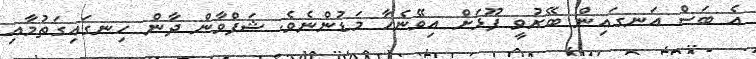
އެ ބަސް އަނގައިން ބޭރުވީ ފޫޅަށް އިވޭނެހާ މަޑުންނެވެ. ޝަފްވާން ދާން ހިނގައިގަތުމާއި